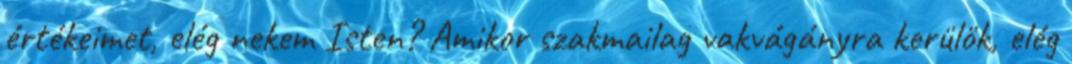
értékeimet, elég nekem Isten? Amikor szakmailag vakvágányra kerülök, elég